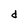
Character: d